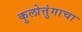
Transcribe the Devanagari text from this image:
कुलोत्तुंगाचा